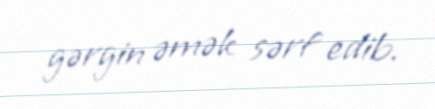
gərgin əmək sərf edib.